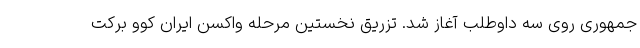
جمهوری روی سه داوطلب آغاز شد. تزریق نخستین مرحله واکسن ایران کوو برکت